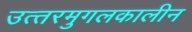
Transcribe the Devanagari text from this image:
उत्‍तरमुगलकालीन